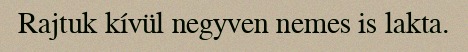
Rajtuk kívül negyven nemes is lakta.